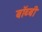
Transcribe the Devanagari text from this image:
बॉब्बी